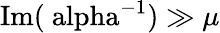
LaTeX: \mathrm{Im(\ alpha^{-1})}\gg\mu